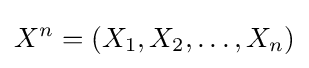
X^{n}=(X_{1},X_{2},\dots ,X_{n})